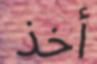
أخذ